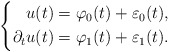
\begin{align*} \left\{ \begin{aligned} u(t) &= \varphi_0(t) + \varepsilon_0(t), \\ \partial_t u(t) &= \varphi_1(t) + \varepsilon_1(t). \end{aligned} \right.\end{align*}